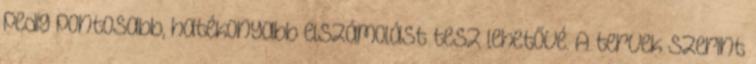
pedig pontosabb, hatékonyabb elszámolást tesz lehetővé. A tervek szerint